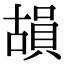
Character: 𮚍